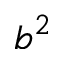
b ^ { 2 }